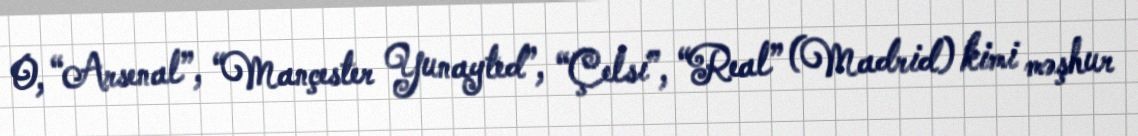
O, “Arsenal”, “Mançester Yunayted”, “Çelsi”, “Real” (Madrid) kimi məşhur